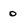
Character: o